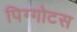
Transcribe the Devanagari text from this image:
पिग्गोटस